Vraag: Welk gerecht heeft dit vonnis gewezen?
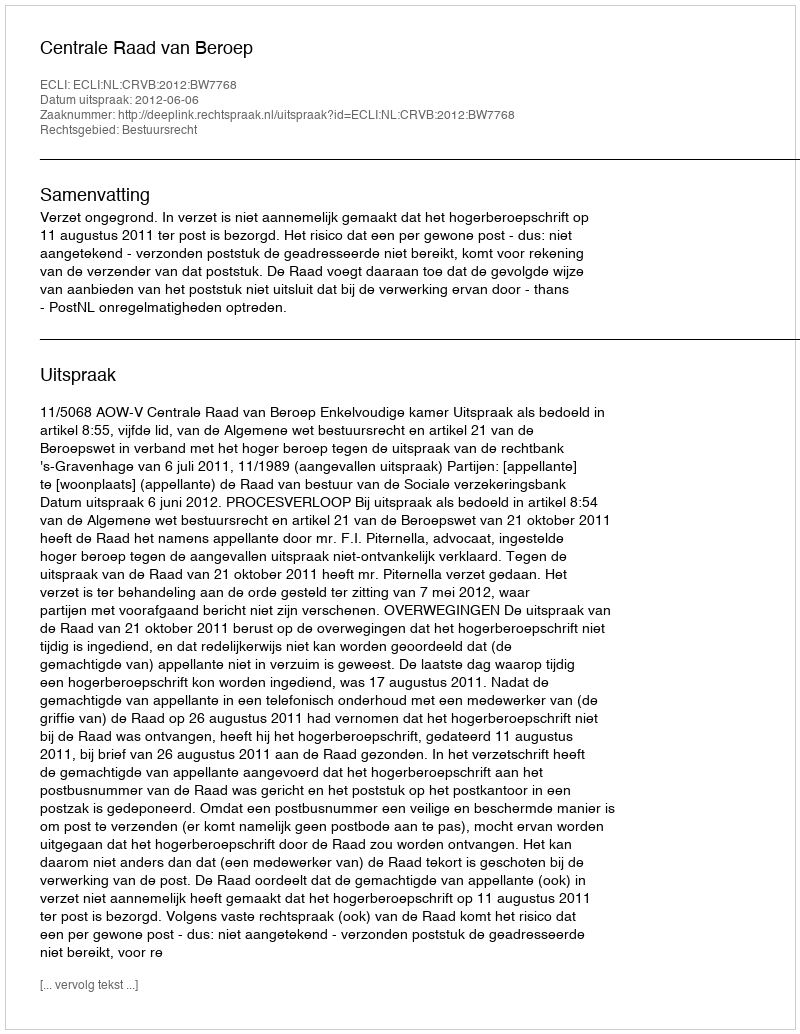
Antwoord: Centrale Raad van Beroep